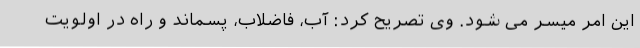
این امر میسر می شود. وی تصریح کرد: آب، فاضلاب، ‌پسماند و راه در اولویت